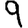
Digit: 9